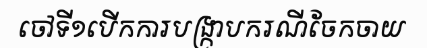
ចៅទី១បើកការបង្ក្រាបករណីចែកចាយ